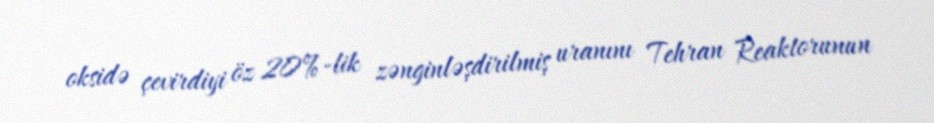
oksidə çevirdiyi öz 20%-lik zənginləşdirilmiş uranını Tehran Reaktorunun